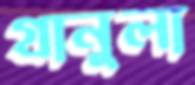
গ্রানুলা